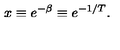
x \equiv e ^ { - \beta } \equiv e ^ { - 1 / T } .